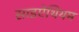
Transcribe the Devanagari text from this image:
साइऐथियम